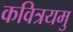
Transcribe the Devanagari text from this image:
कवित्रयमु